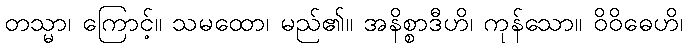
တသ္မာ၊ ကြောင့်။ သမထော၊ မည်၏။ အနိစ္စာဒီဟိ၊ ကုန်သော။ ဝိဝိဓေဟိ၊